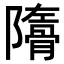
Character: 𩩜